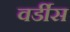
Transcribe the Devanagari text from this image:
वर्डीस